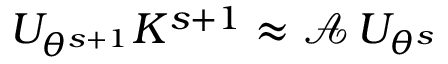
U _ { \theta ^ { s + 1 } } K ^ { s + 1 } \approx \mathcal { A } \, U _ { \theta ^ { s } }